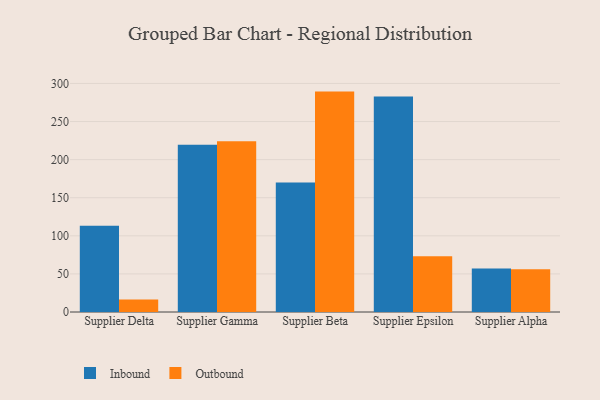
{"axis": {"x": "Supplier", "y": "Gross Profit (USD K)"}, "legend": ["Inbound", "Outbound"], "data": [{"x": "Supplier Delta", "y": 113.2, "type": "Inbound"}, {"x": "Supplier Delta", "y": 16.3, "type": "Outbound"}, {"x": "Supplier Gamma", "y": 219.6, "type": "Inbound"}, {"x": "Supplier Gamma", "y": 224.0, "type": "Outbound"}, {"x": "Supplier Beta", "y": 169.9, "type": "Inbound"}, {"x": "Supplier Beta", "y": 289.3, "type": "Outbound"}, {"x": "Supplier Epsilon", "y": 282.9, "type": "Inbound"}, {"x": "Supplier Epsilon", "y": 73.3, "type": "Outbound"}, {"x": "Supplier Alpha", "y": 57.2, "type": "Inbound"}, {"x": "Supplier Alpha", "y": 56.2, "type": "Outbound"}]}